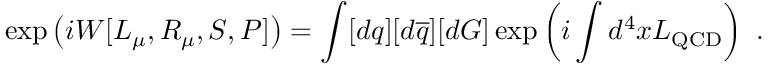
\exp \left( i W [ { \cal L } _ { \mu } , { \cal R } _ { \mu } , { \cal S } , { \cal P } ] \right) = \int [ d q ] [ d \overline { { { q } } } ] [ d G ] \exp \left( i \int d ^ { 4 } x { \cal L } _ { \mathrm { Q C D } } \right) \ .